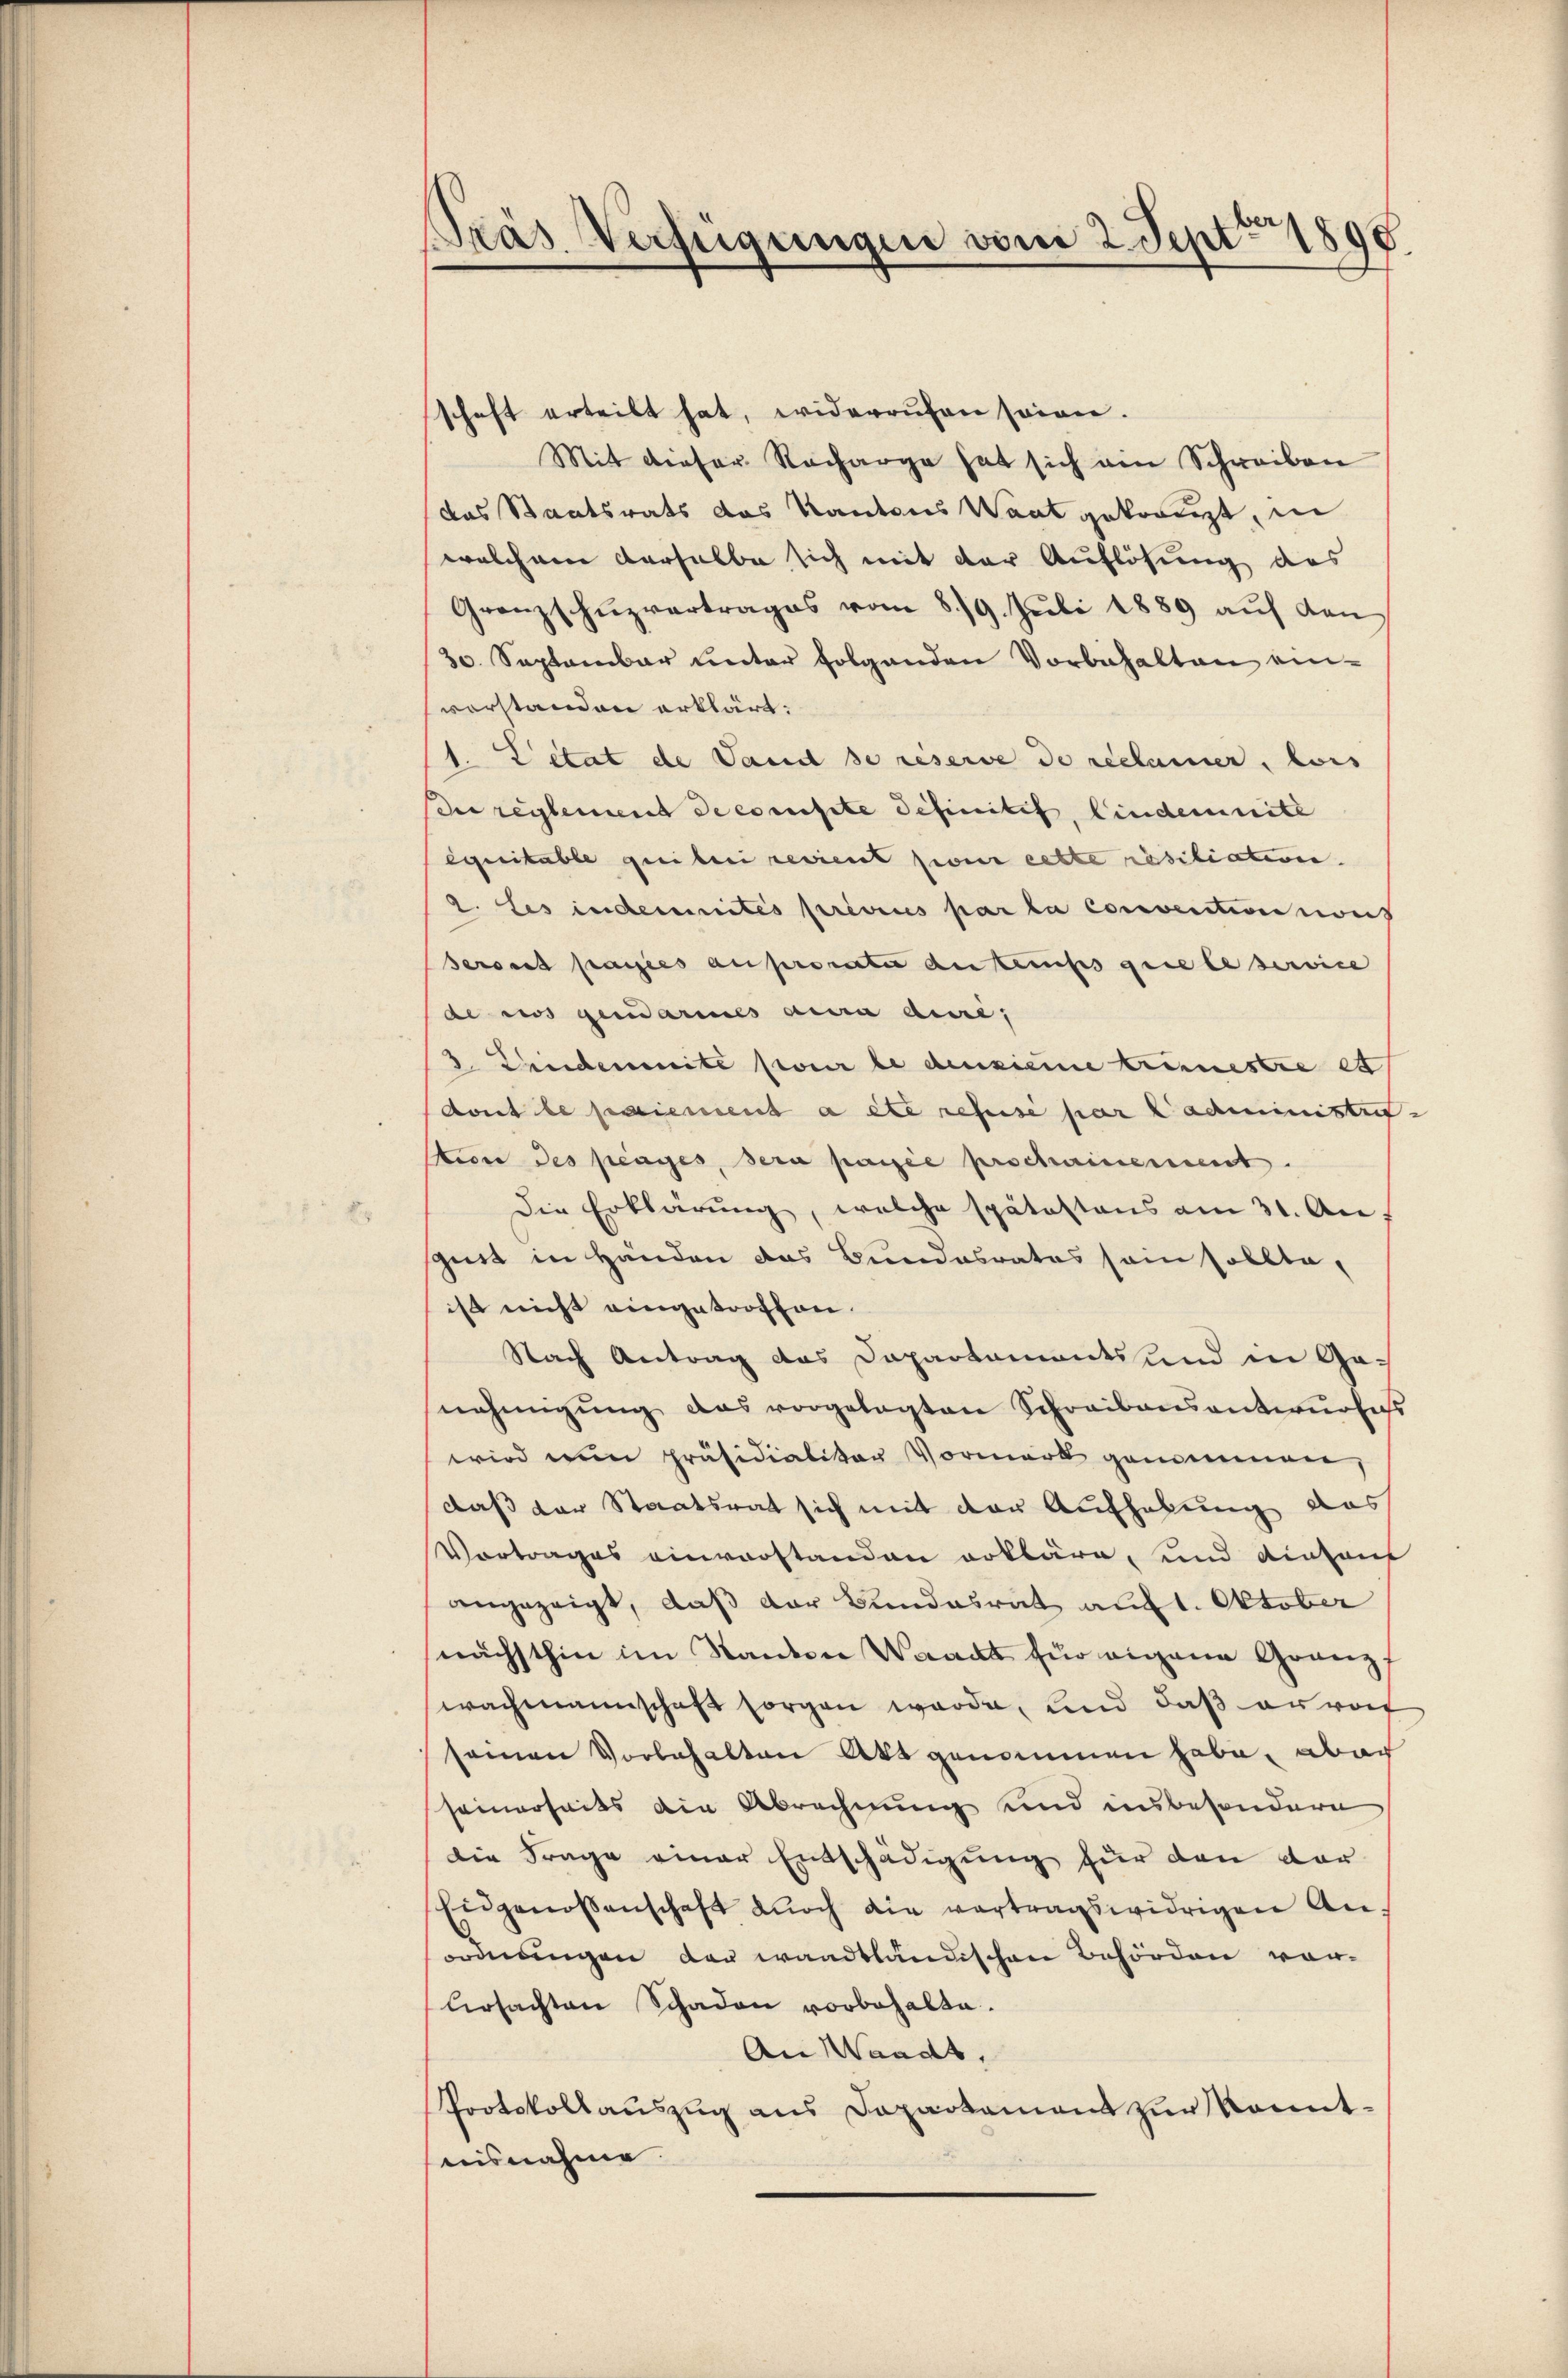
Pras Verfügungen vom 2. Sept. 1898

schaft erteilt hat, widerrufen seien.
Mit dieser Recharge hat sich ain Schreiben
das Staatsrats das Kantons Waat gekommt, in
welchem derselbe sich mit der Auflösung des
Granzschuzvertrages vom 8./9. Juli 1889 auf den
30. September unter folgenden Vorbehalten einvorstanden erklärt:
1. Citat de Land se reserve de reclamer, lois
du reglement de consite definitif, bindemnite
exeritable quiberi revient pour cette résiliation.
2. Les indemnités presses par la convention noch
Seront passies auprorate autrius que le service
de nos gemarines aura dure;
3. Lindemnité pour le densieme trinestre et
dont le paiement a été refusé par Cadministr
tiore des plages, sera passée prochainemment.
Die Erklärung, welche spätestens am 31. Au
szirt in Händen das Bundesrates sein sollte,
ist nicht eingetroffen.
Nach Antrag das Dapartements und in Ganehmigŭng das vorgelegten Schreibensantwurfess
wird ein präsidialitar Vormerk genommen,
daß der Staatsrat sich mit der Aufhebung das
Vortrages einverstanden erkläre, und dientans
angezeigt, daß der Bundesrat auf 1. Oktober
nächsthin im Standen Waadt für eigen Granz
wachmannschaft sorgen werde, und daß anrat
seinen Vorbehalten Akt genommen habe, aber
seinerseits die Abrechnung und unbesondere
die Frage einer Entschädigung für den dar
Eidgenossenschaft durch die vertragswidrigen An
ordnungen der waadtländischen Behörden vorlrsachten Schaden vorbehalte.
An Waadt,
Protokollauszug aus Dapartament zur konntnisnahme.